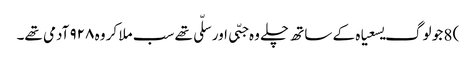
) 8 جو لوگ یسعیاہ کے ساتھ چلے وہ جبّی اور سلّی تھے سب ملا کر وہ ۹۲۸ آدمی تھے۔